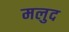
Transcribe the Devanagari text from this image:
मलुद